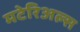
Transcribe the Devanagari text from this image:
मटेरिअल्स